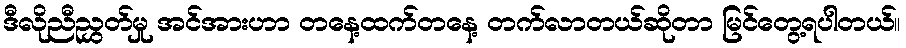
ဒီလိုညီညွှတ်မှု အင်အားဟာ တနေ့ထက်တနေ့ တက်လာတယ်ဆိုတာ မြင်တွေ့ရပါတယ်။